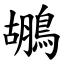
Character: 鶘